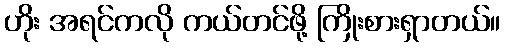
ဟိုး အရင်ကလို ကယ်တင်ဖို့ ကြိုးစားရှာတယ်။